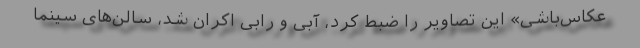
عکاس‌باشی» این تصاویر را ضبط کرد، آبی و رابی اکران شد، سالن‌های سینما